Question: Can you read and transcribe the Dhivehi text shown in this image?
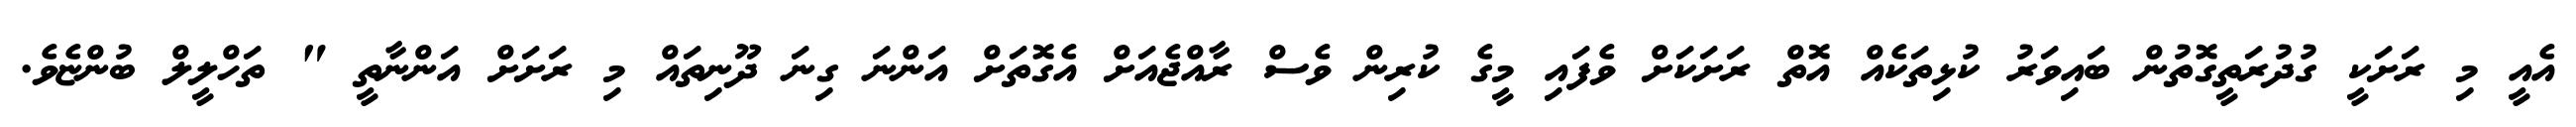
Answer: އެއީ މި ރަށަކީ ގުދުރަތީގޮތުން ބައިވަރު ކުޅިތަކެއް އޮތް ރަށަކަށް ވެފައި މީގެ ކުރިން ވެސް ރާއްޖެއަށް އެގޮތަށް އަންނަ ގިނަ ދޫނިތައް މި ރަށަށް އަންނާތީ " ތަހްލީލް ބުންޏެވެ.